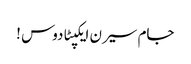
جام سیرن ایکپٹادوس !